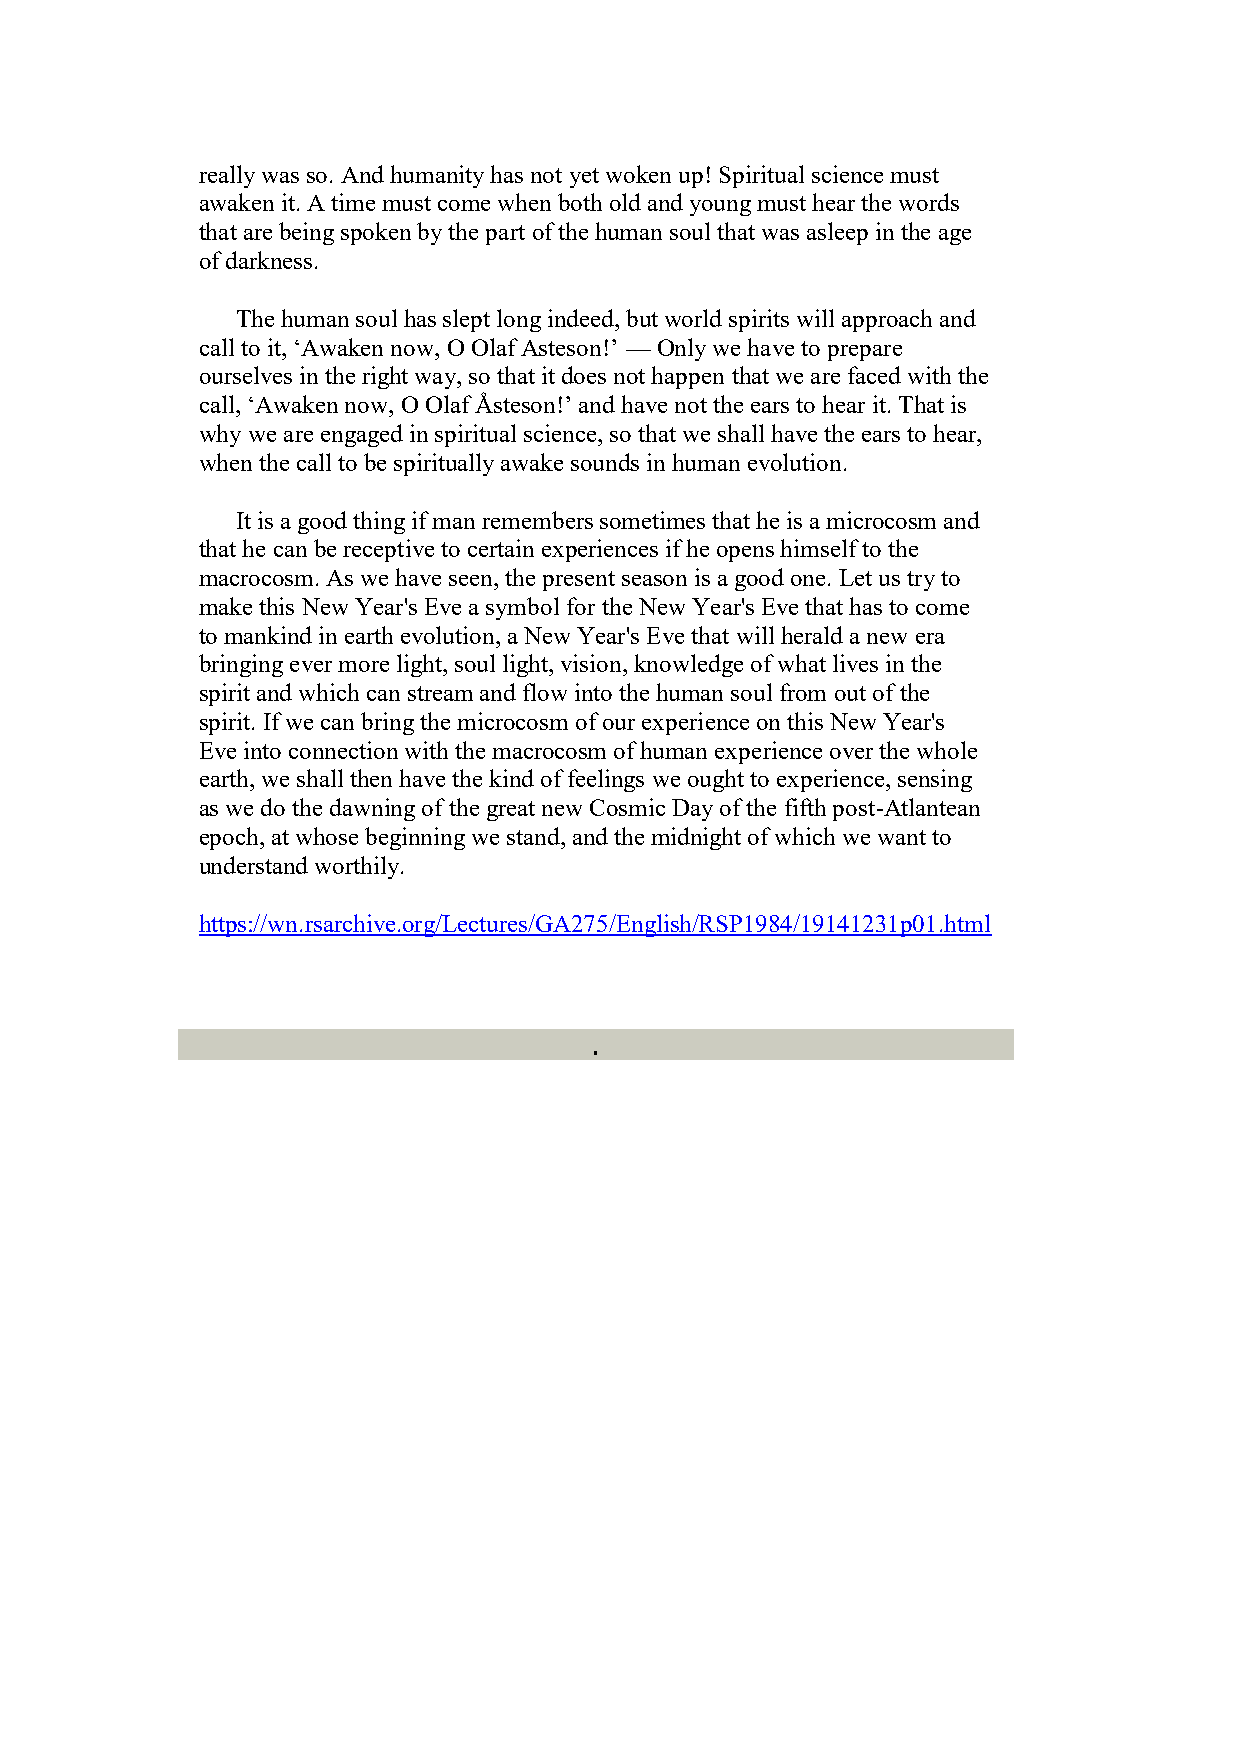
really was so. And humanity has not yet woken up! Spiritual science must
 awaken it. A time must come when both old and young must hear the words
 that are being spoken by the part of the human soul that was asleep in the age
 of darkness.
 The human soul has slept long indeed, but world spirits will approach and
 call to it, ‘Awaken now, O Olaf Asteson!’ — Only we have to prepare
 ourselves in the right way, so that it does not happen that we are faced with the
 call, ‘Awaken now, O Olaf Åsteson!’ and have not the ears to hear it. That is
 why we are engaged in spiritual science, so that we shall have the ears to hear,
 when the call to be spiritually awake sounds in human evolution.
 It is a good thing if man remembers sometimes that he is a microcosm and
 that he can be receptive to certain experiences if he opens himself to the
 macrocosm. As we have seen, the present season is a good one. Let us try to
 make this New Year's Eve a symbol for the New Year's Eve that has to come
 to mankind in earth evolution, a New Year's Eve that will herald a new era
 bringing ever more light, soul light, vision, knowledge of what lives in the
 spirit and which can stream and flow into the human soul from out of the
 spirit. If we can bring the microcosm of our experience on this New Year's
 Eve into connection with the macrocosm of human experience over the whole
 earth, we shall then have the kind of feelings we ought to experience, sensing
 as we do the dawning of the great new Cosmic Day of the fifth post-Atlantean
 epoch, at whose beginning we stand, and the midnight of which we want to
 understand worthily.
 https://wn.rsarchive.org/Lectures/GA275/English/RSP1984/19141231p01.html
 .